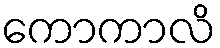
ကောကာလိ